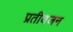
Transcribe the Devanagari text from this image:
प्रतीवजन